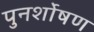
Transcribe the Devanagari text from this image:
पुनर्शोषण